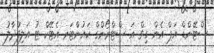
ސްޓޭންޑް އަޕް އެން ގިވް އަ ސްޓްރޯންގް ކައުންޓަރ އެޓޭކް ޓު އަލިފުދާލު